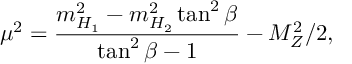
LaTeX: \mu ^ { 2 } = \frac { m _ { H _ { 1 } } ^ { 2 } - m _ { H _ { 2 } } ^ { 2 } \tan ^ { 2 } \beta } { \tan ^ { 2 } \beta - 1 } - M _ { Z } ^ { 2 } / 2 ,